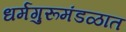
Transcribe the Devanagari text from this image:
धर्मगुरूमंडळात